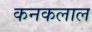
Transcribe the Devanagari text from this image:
कनकलाल